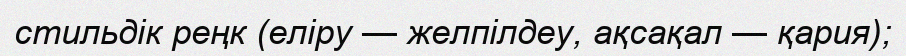
стильдік реңк (еліру — желпілдеу, ақсақал — қария);